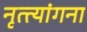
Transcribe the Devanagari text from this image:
नृत्त्यांगना